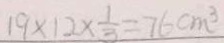
1 9 \times 1 2 \times \frac { 1 } { 3 } = 7 6 c m ^ { 3 }